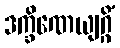
ဒက္ခိဏေယျဂ္ဂိံ